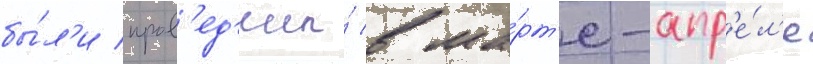
бы́л'и пров'ед'ены́ в ма́рт'е-апр'е́л'е